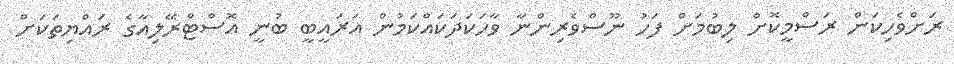
ރަށްވެހިކަން ރަސްމީކޮށް ލިބުމަށް ފަހު ނޫސްވެރިންނާ ވާހަކަދަކައްކަމުން އަރައީބީ ބުނީ އޮސްޓްރޭލިއާގެ ރައްޔިތަކަށް